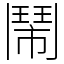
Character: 鬧